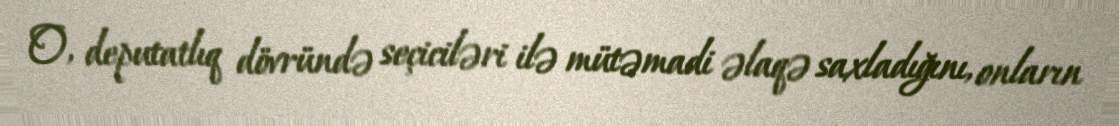
O, deputatlıq dövründə seçiciləri ilə mütəmadi əlaqə saxladığını, onların